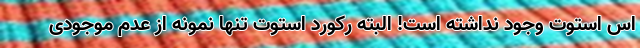
اس استوت وجود نداشته است! البته رکورد استوت تنها نمونه از عدم موجودی